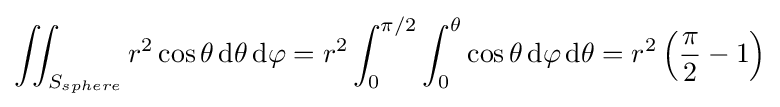
\iint _{S_{sphere}}r^{2}\cos \theta \,\mathrm {d} \theta \,\mathrm {d} \varphi =r^{2}\int _{0}^{\pi /2}\int _{0}^{\theta }\cos \theta \,\mathrm {d} \varphi \,\mathrm {d} \theta =r^{2}\left({\frac {\pi }{2}}-1\right)